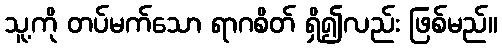
သူ့ကို တပ်မက်သော ရာဂစိတ် ရှိ၍လည်း ဖြစ်မည်။